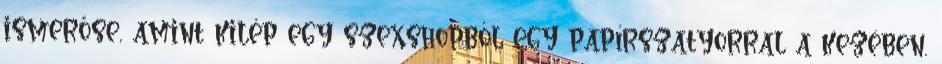
ismerőse, amint kilép egy szexshopból egy papírszatyorral a kezében.